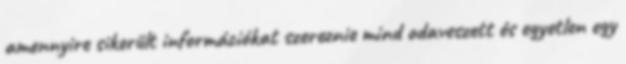
amennyire sikerült információkat szereznie mind odaveszett és egyetlen egy